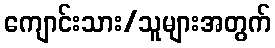
ကျောင်းသား/သူများအတွက်